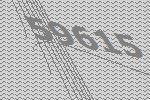
59615